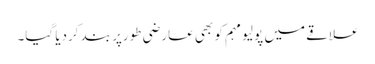
علاقے میں پولیو مہم کو بھی عارضی طورپر بند کردیا گیا۔